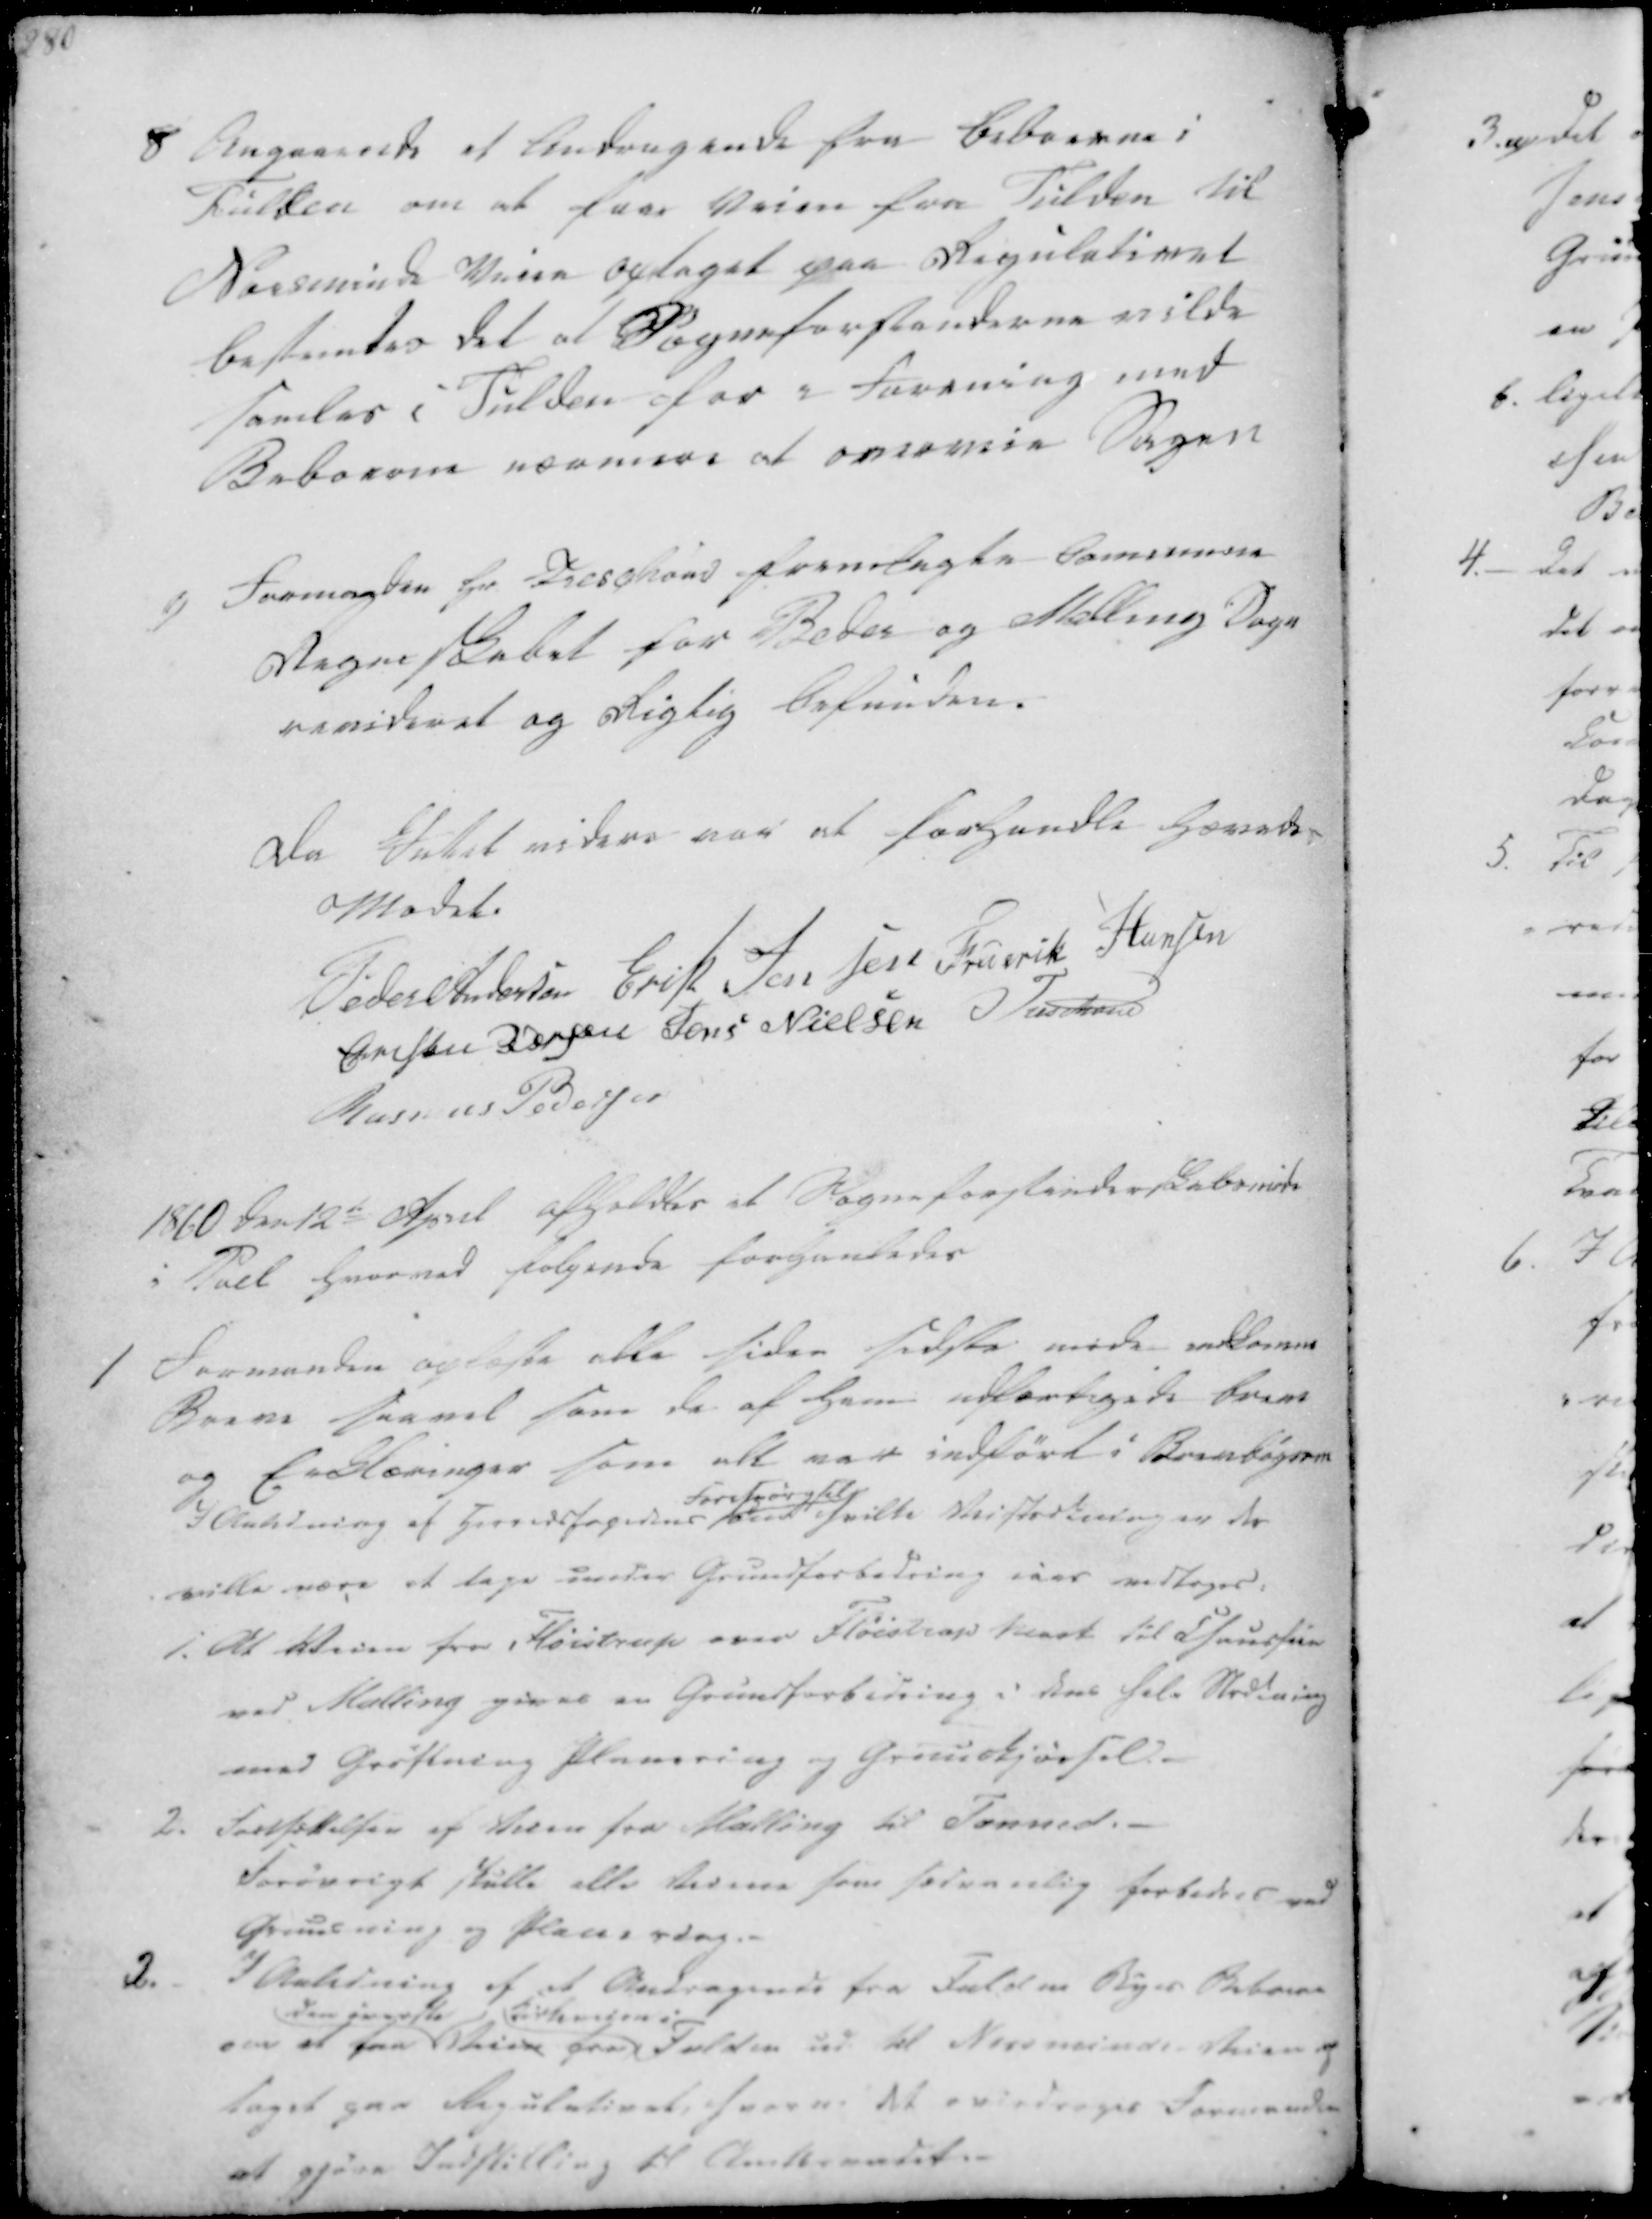
Transskription:
8 Angaaende et Andragende fra Beboerne i
Fulden om at faae Veien fra Fulden til
Norsminde Veien optaget paa Regulativet
bestemtes det at Sogneforstanderne vilde
samles i Fulden for i Forening med
Beboerne nærmere at overveie Sagen
9) Formanden Hr Treschovs fremlagte Commune
Regnskabet for Beder og Malling Sogn
revideret og Rigtig befunden.

Da Intet videre var at forhandle hævedes
Mødet.
Peder Andersen
Erik Jensen
Frederik Hansen
Christen Pedersen
Jens Nielsen
Treschov
Rasmus Pedersen

1860 den 12te April afholdtes et Sogneforstanderskabsmøde
i Pøel hvorved følgende forhandledes

1 Formanden oplæste alle siden sidste møde indkomne
Breve saavel som de af ham udfærtigede breve
og Erklæringer som alle var indført i Brevbogen
I Anledning af Herredsfogedens
Forespørgsels
om hvilke Veistrækninger der
ville være at tage under Grundforbedring iaar vedtoges:
1. At Veien fra Fløistrup over Fløistrup Mark til Chausseen
ved Malling gives en Grundforbedring i dens hele Strækning
med Grøftning Planering og Gruuskjørsel.
2. Fortsættelsen af Veien fra Malling til Tonned.
Forøvrigt skulle alle Veiene som sædvanlig forbedres ved
Gruusning og Planering.

2. I Anledning af et Andragende fra Fulden Byes Beboere
om at faa
den øverste
Veien fra
Kirkeveien i
Fulden ud til Norsminde Veien op
taget paa Regulativet, herom det overdrages Formanden
at gjøre Indstilling til Amtsraadet.-